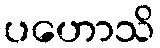
ပဟောသိ